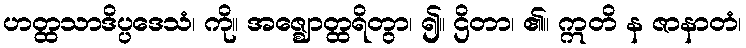
ဟတ္ထသာဒိပ္ပဒေသံ၊ ကို။ အဇ္ဈောတ္ထရိတွာ၊ ၍။ ဌိတာ၊ ၏။ ဣတိ န ဇာနာတံ၊